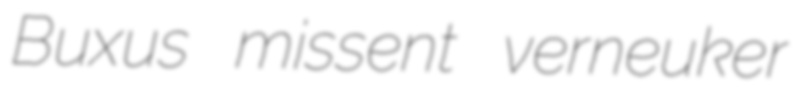
Buxus missent verneuker